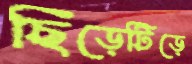
ছিঁড়েটিড়ে